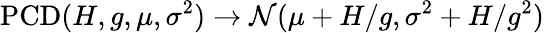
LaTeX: \operatorname{PCD}(H,g,\mu,\sigma^{2})\to\mathcal N(\mu+H/g,\sigma^{2}+H/g^{2})